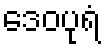
ဒေဝပုရံ